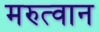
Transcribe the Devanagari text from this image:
मरुत्वान